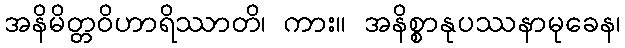
အနိမိတ္တဝိဟာရိဿာတိ၊ ကား။ အနိစ္စာနုပဿနာမုခေန၊